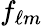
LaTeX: f_{\ell m}